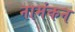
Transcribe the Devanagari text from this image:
नामंकन